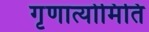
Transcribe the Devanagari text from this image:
गृणात्योमिति